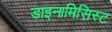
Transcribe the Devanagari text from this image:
डाइनामिसिस्ट